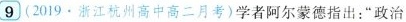
9 (2019·浙江杭州高中高二月考)学者阿尔蒙德指出：”政治